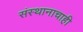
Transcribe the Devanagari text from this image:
संस्थानाचाही